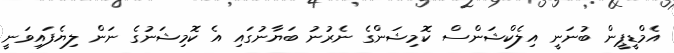
އެމްޑީޕީން ބުނަނީ އިލެކްޝަންސް ކޮމިޝަންގެ ނެރުނު ބަޔާނުގައި އެ ކޮމިޝަނުގެ ނަން ލިޔެފައިވަނީ